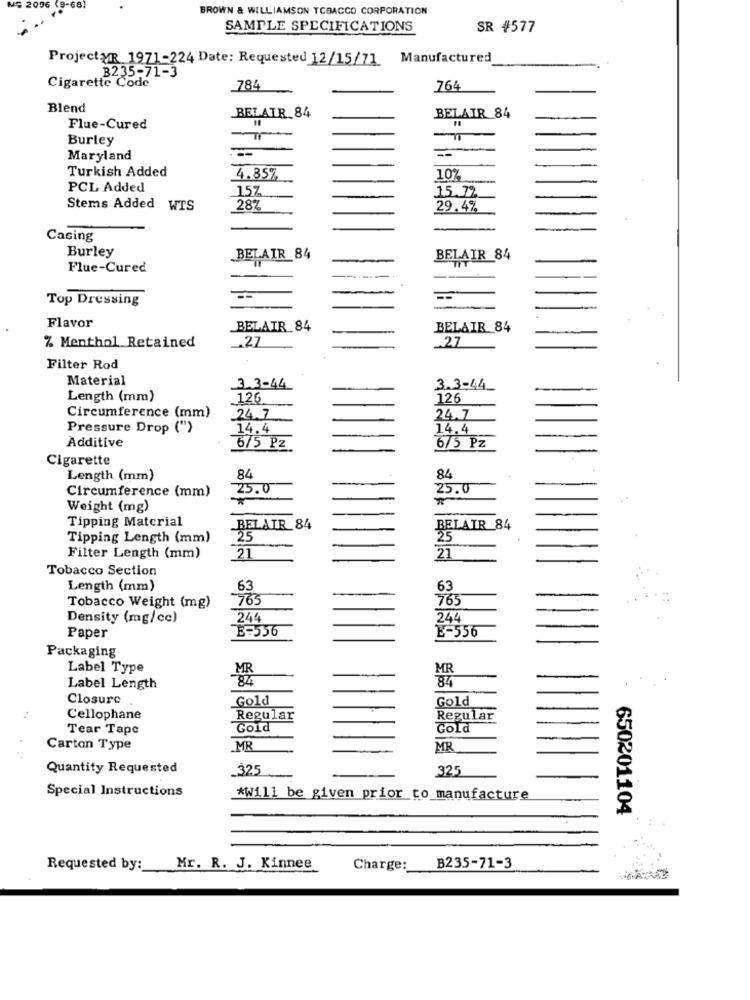
BROWN & WILLIAMSON TOBACCO CORPORATION
SAMPLE SPECIFICATIONS
SR #577
Project MR 1971-224 Date: Requested 12/15/71 Manufactured
B235-71-3
Cigarette Code
784
764
Blend
BELATR.84
BELAIR 84
Flue-Cured
Burley
--
Maryland
Turkish Added
4.85%
10%
PCL Added
157
15.7%
Stems Added WTS
28%
29.4%
Casing
Burley
BELAIR 84
BELAIR 84
Flue-Cured
Top Dressing
-
Flavor
BELAIR 84
BELAIR 84
.. 27
_27
% Menthol Retained
Filter Rod
Material
3.3-44
3.3-44_
Length (mm)
126
126
-
Circumference (mm)
24.7
24.7
Pressure Drop (")
14.4
14.4
6/5 Pz
Additive
6/5 Pz
Cigarette
84
Length (mm)
84
25.0
25.0
Circumference (mm)
Weight (mg)
Tipping Material
BELAIR 84
BELAIR 84
35
Tipping Length (mm)
25
21
21
Filter Length (mm)
Tobacco Section
Length (mm)
63
63
765
765
Tobacco Weight (mg)
Density (mg/cc)
244
24L
E-556
E-556
Paper
Packaging
Label Type
MR
MR
-84
84
Label Length
Closure
Gold
Gold
Cellophane
Regular
Regular
Tear Tape
Gold
Gold
Carton Type
MR
MR
Quantity Requested
.325
325
Special Instructions
*Will be given prior to_manufacture
650201104
Requested by: Mr. R. J. Kinnee
Charge: B235-71-3